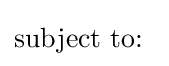
{\text{subject to: }}